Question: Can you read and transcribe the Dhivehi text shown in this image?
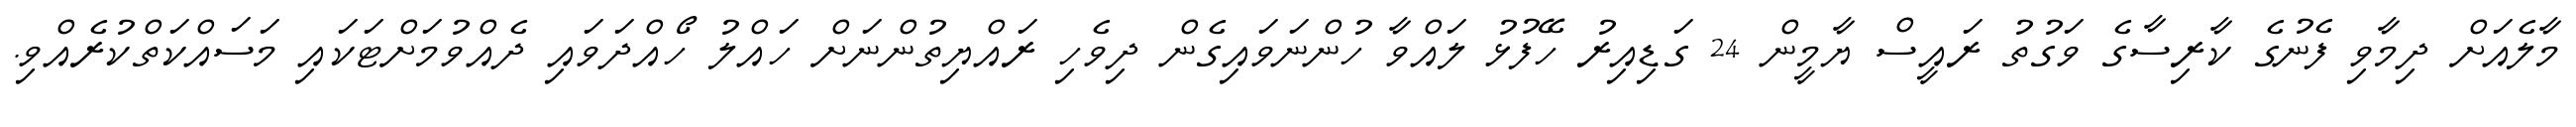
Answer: މާލެއަށް ދިމާވި ފެނުގެ ކާރިސާގެ ވަގުތު ރައީސް ޔާމީން 24 ގަޑިއިރު ހޭފުޅު ލައްވާ ހުންނަވައިގެން ދިވެހި ރައްޔިތުންނަށް ހައްލު ހޯއްދަވައި ދެއްވުމަށްޓަކައި މަސައްކަތްކުރެއްވި.